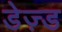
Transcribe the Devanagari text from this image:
डेज़्ड